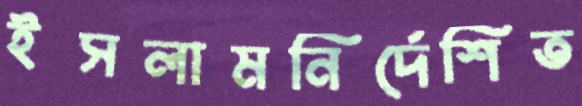
ইসলামনির্দেশিত